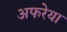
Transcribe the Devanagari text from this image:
अफरेया